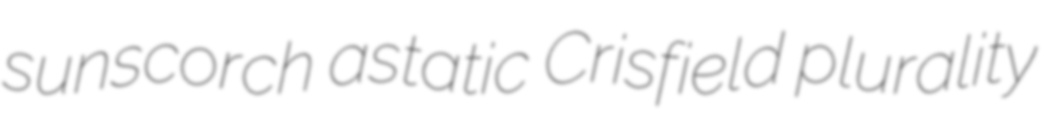
sunscorch astatic Crisfield plurality